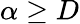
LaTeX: \alpha\geq D